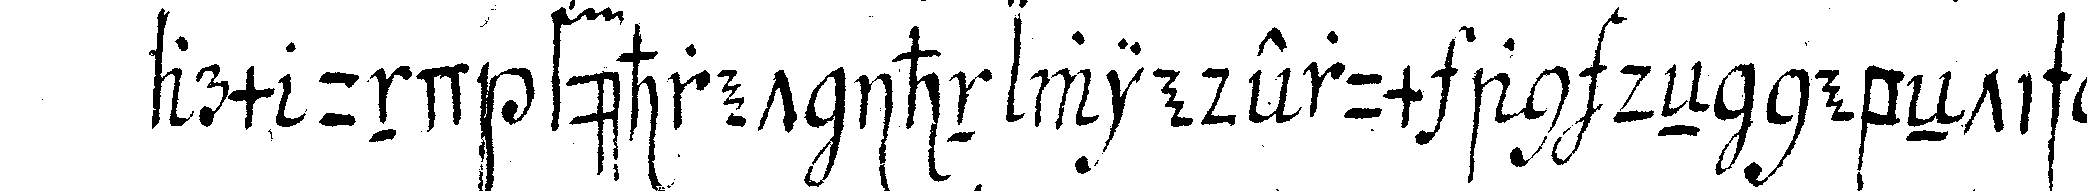
arm und führet ihn wiederum an deN nebeNtisch all